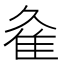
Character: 𨾉